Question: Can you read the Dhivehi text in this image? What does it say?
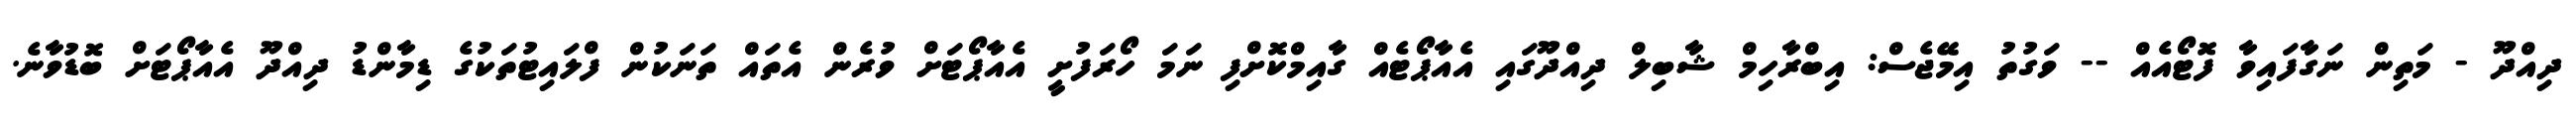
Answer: ދިއްދޫ - މަތިން ނަގާފައިވާ ފޮޓޯއެއް -- ވަގުތު އިމޭޖެސް: އިބްރާހިމް ޝާބިލް ދިއްދޫގައި އެއާޕޯޓެއް ގާއިމްކޮށްފި ނަމަ ހޯރަފުށީ އެއާޕޯޓަށް ވުރެން އެތައް ތަނަކުން ފްލައިޓުތަކުގެ ޑިމާންޑު ދިއްދޫ އެއާޕޯޓަށް ބޮޑުވާނެ.